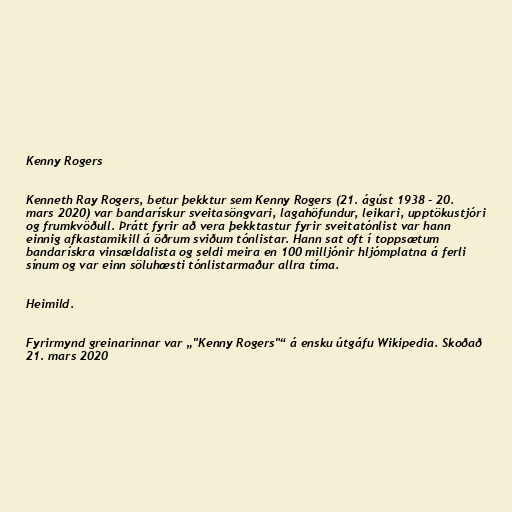
Kenny Rogers

Kenneth Ray Rogers, betur þekktur sem Kenny Rogers (21. ágúst 1938 - 20.
mars 2020) var bandarískur sveitasöngvari, lagahöfundur, leikari, upptökustjóri
og frumkvöðull. Þrátt fyrir að vera þekktastur fyrir sveitatónlist var hann
einnig afkastamikill á öðrum sviðum tónlistar. Hann sat oft í toppsætum
bandarískra vinsældalista og seldi meira en 100 milljónir hljómplatna á ferli
sínum og var einn söluhæsti tónlistarmaður allra tíma.

Heimild.

Fyrirmynd greinarinnar var „"Kenny Rogers"“ á ensku útgáfu Wikipedia. Skoðað
21. mars 2020